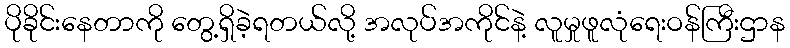
ပိုခိုင်းနေတာကို တွေ့ရှိခဲ့ရတယ်လို့ အလုပ်အကိုင်နဲ့ လူမှုဖူလုံရေးဝန်ကြီးဌာန